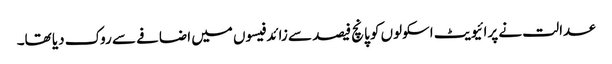
عدالت نے پرائیویٹ اسکولوں کو پانچ فیصد سے زائد فیسوں میں اضافے سے روک دیا تھا۔